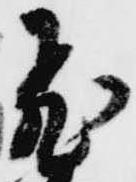
飛